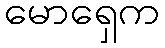
မောရှေက